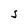
Character: S